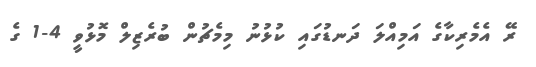
ރޭ އެމެރިކާގެ އަމިއްލަ ދަނޑުގައި ކުޅުނު މިމެޗުން ބުރެޒިލް މޮޅުވީ 4-1 ގެ